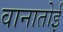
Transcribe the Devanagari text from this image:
वानातोई